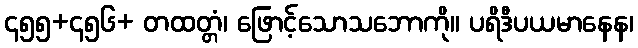
၄၅၅+၄၅၆+ တထတ္တံ၊ ဖြောင့်သောသဘောကို။ ပရိဒီပယမာနေန၊